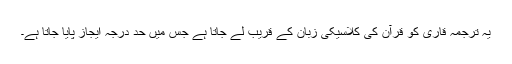
یہ ترجمہ قاری کو قرآن کی کلاسیکی زبان کے قریب لے جاتا ہے جس میں حد درجہ ایجاز پایا جاتا ہے۔